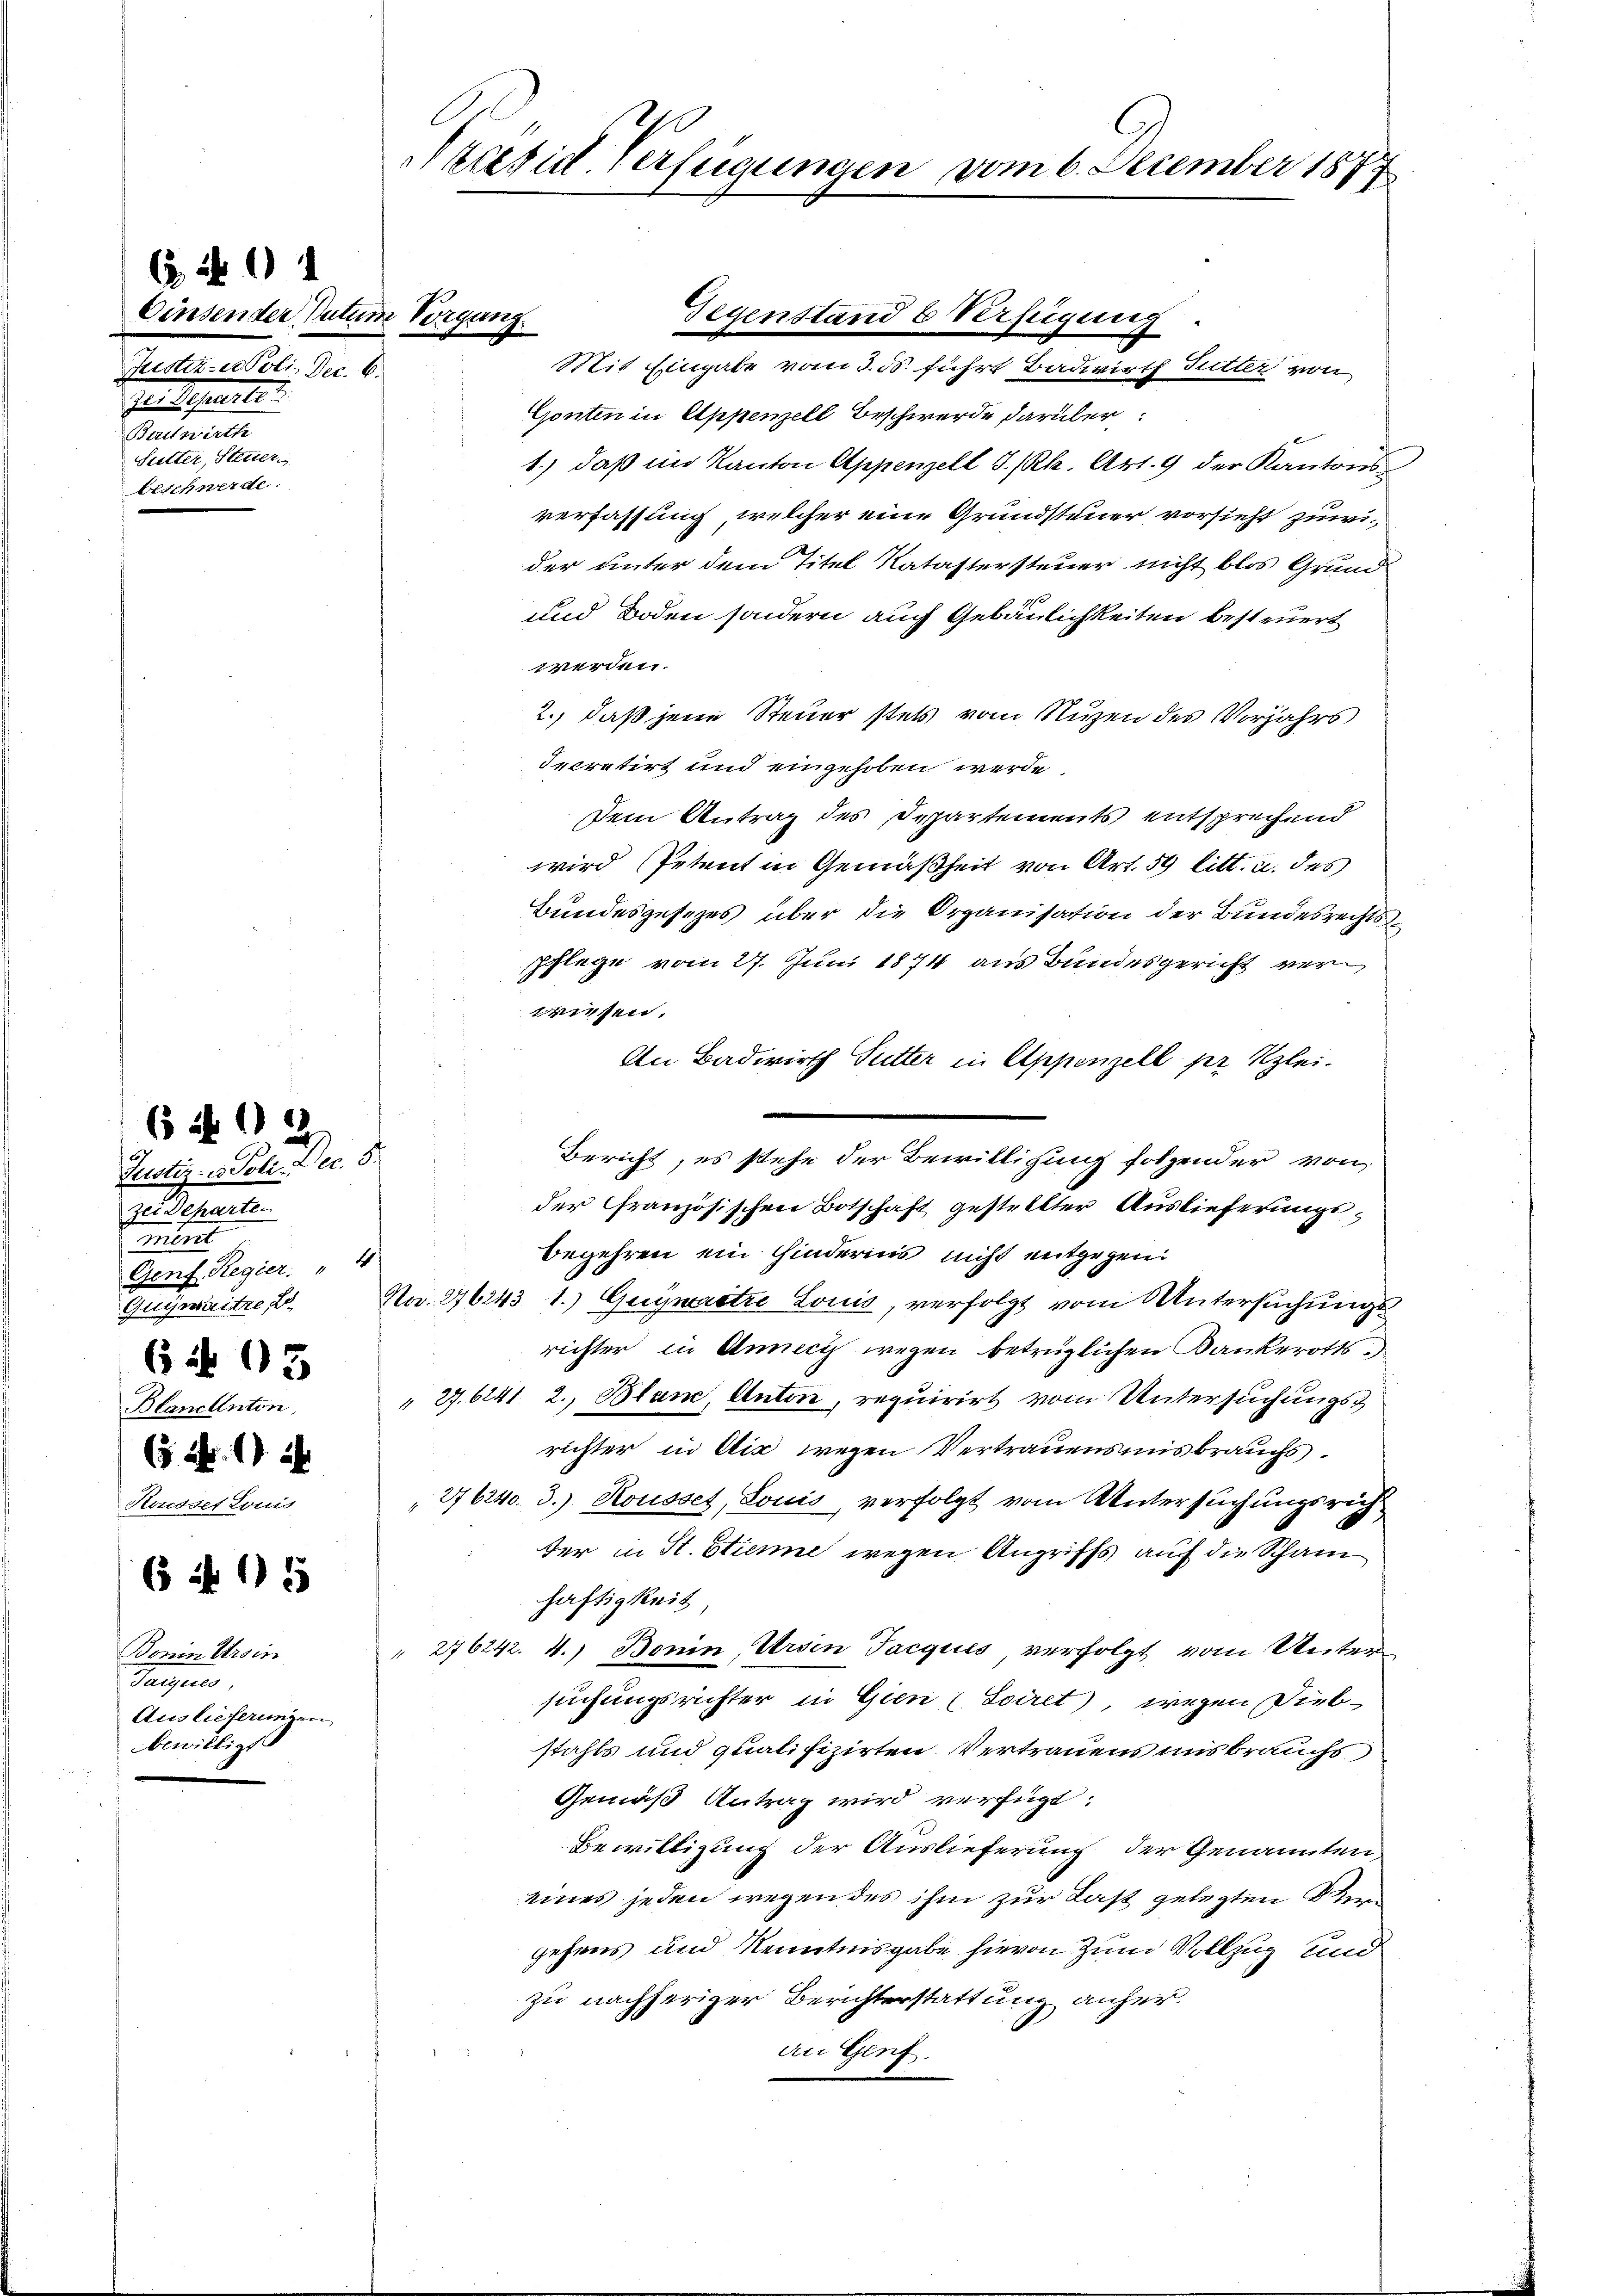
Einsender Datum Vorgang
Justiz- & Poli. Dec. 6.
zu. Separte
Berewirth
Sutter, Steuer,
Beschwerde.

294

Justiz- u Tote. Dec. 8.
ze Departen
miert
4
Genf, Regier.
Gasmaites s
 No 93
Blancenton
 Nr. 1
Housset Louis

6 f 12

6 f 15

Bonin Ursin
Parques
Auslieferungen
bewilligt

Präsid. Verfügungen vom 6. December 1877

Mit Eingabe vom 3. ds. führt Badwirth Sutter von
Gonten in Appenzell Beschwerde darüber
1.) daß im Kanton Appenzell I/Rh. Art. 9 der Kantons
verfassung, welcher eine Grundsteuer vorsieht zuwider unter dem Titel Katastersteuer nicht blos Grund
und Boden sondern auch Gebäulichkeiten besteuert
werden.
2., daß jene Steuer stets vom Nutzen des Vorjahrs
Iecretirt und eingehoben werde.
dem Antrag des Departements entsprechend
wird Petent in Gemäßheit von Art. 59 litt. u. des
Bundesgesezes über die Organisation der Bundesrechtspflege vom 27. Juni 1874 aus Bundesgericht verwiesen.
An Badwirth Sutter in Appenzell pr Kleider französischen Botschaft gestellter Auslieferungsbegehren ein Hinderins nicht entgegen.
Nr. 276243 1.) Guyneratre Louis verfolgt vom Untersuchungs
richter in Annecy wegen betrüglichen Dankerotts
" 27. 6241. 2. Blan, Anton, requirirt vom Untersuchungsrichter in Aić wegen Vertrauensmisbrauchs
276240. 3.) Housset, Louis, verfolgt vom Untersuchungsricht
der in St. Stiene wegen Angriffs auch die Scham
häftigkeit,
 276242. 4.) Bonin, Ursen Tacquis verfolgt, vom Unter
suchungsrichter in Gien (Sciret, wegen Diebstahls und qualifizirten Vertrauens uns brauchs
Gemäß Antrag wird verfügt:
Bewilligung der Auslieferung der Genannten,
eines jeden wegen des ihm zur Last gelegten Vergehens und Kenntnisgabe hievon zum Vollzug und
zu nachheriger Berichterstattung anher¬
An Genf.

Gegenstand b Verfügung

Bericht, es stehe der Bewilligung folgender von